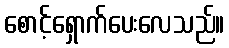
စောင့်ရှောက်ပေးလေသည်။